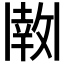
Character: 𫡊